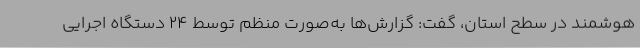
هوشمند در سطح استان، گفت: گزارش‌ها به‌صورت منظم توسط ۲۴ دستگاه اجرایی